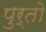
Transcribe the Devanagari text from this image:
पुर्तो